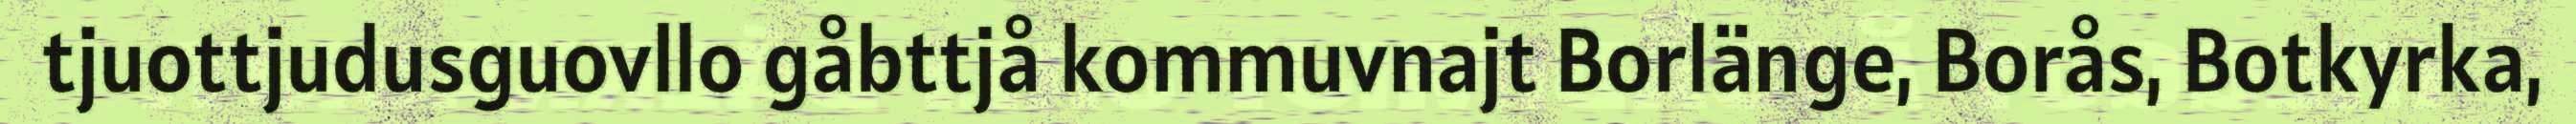
tjuottjudusguovllo gåbttjå kommuvnajt Borlänge, Borås, Botkyrka,